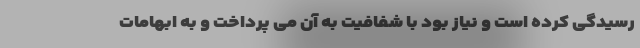
رسیدگی کرده است و نیاز بود با شفافیت به آن می پرداخت و به ابهامات